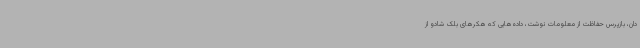
دان، بازپرس حفاظت از معلومات نوشت، داده‌هایی که هکرهای بلک شادو از